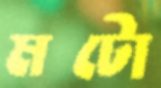
মটো